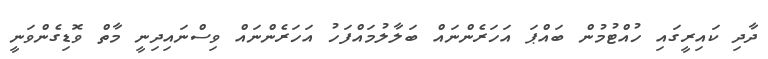
ދާދި ކައިރީގައި ހުއްޓުމުން ބައްޕަ އަހަރެންނައް ބަލާލުމައްފަހު އަހަރެންނައް ވިސްނައިދިނީ މާތް ވޮޑިގެންވަނީ